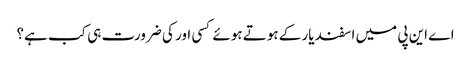
اے این پی میں اسفند یار کے ہوتے ہوئے کسی اور کی ضرورت ہی کب ہے؟